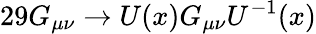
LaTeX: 29G_{\mu\nu}\rightarrow U(x)G_{\mu\nu}U^{-1}(x)